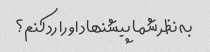
به نظر شما پیشنهاد او را رد کنم؟